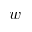
w